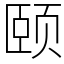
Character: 颐